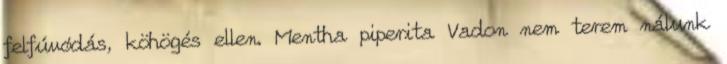
felfúvódás, köhögés ellen. Mentha piperita Vadon nem terem nálunk